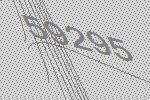
59295